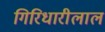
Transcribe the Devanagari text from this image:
गिरिधारीलाल